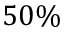
5 0 \%